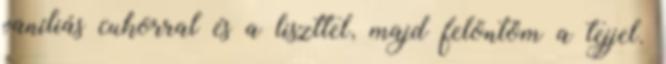
vaníliás cukorral és a liszttel, majd felöntöm a tejjel.